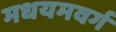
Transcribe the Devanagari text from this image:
मधयमवर्ग